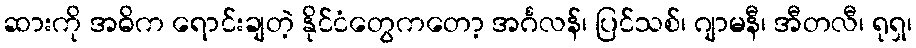
ဆားကို အဓိက ရောင်းချတဲ့ နိုင်ငံတွေကတော့ အင်္ဂလန်၊ ပြင်သစ်၊ ဂျာမနီ၊ အီတလီ၊ ရုရှ၊